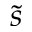
\tilde { s }